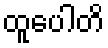
ထူပေါတိ